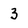
Character: 3